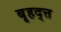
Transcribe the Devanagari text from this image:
बृहद्त्त